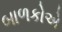
બાળકોએ